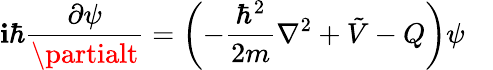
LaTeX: \mathbf{i}\hbar{\frac{{\partial\psi}}{{\partialt}}}=\left(-{\frac{{\hbar^{2}}}{{2m}}}\nabla^{2}+{\tilde{{V}}}-Q\right)\psi\quad